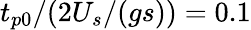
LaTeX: t_{p0}/(2U_{s}/(gs))=0.1